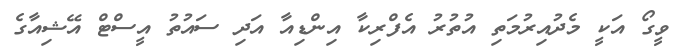
ވީގޯ އަކީ މެދުއިރުމަތި އުތުރު އެފްރިކާ އިންޑިއާ އަދި ސައުތު އީސްޓް އޭޝިއާގެ